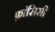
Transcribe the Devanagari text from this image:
फ़ांसिसी